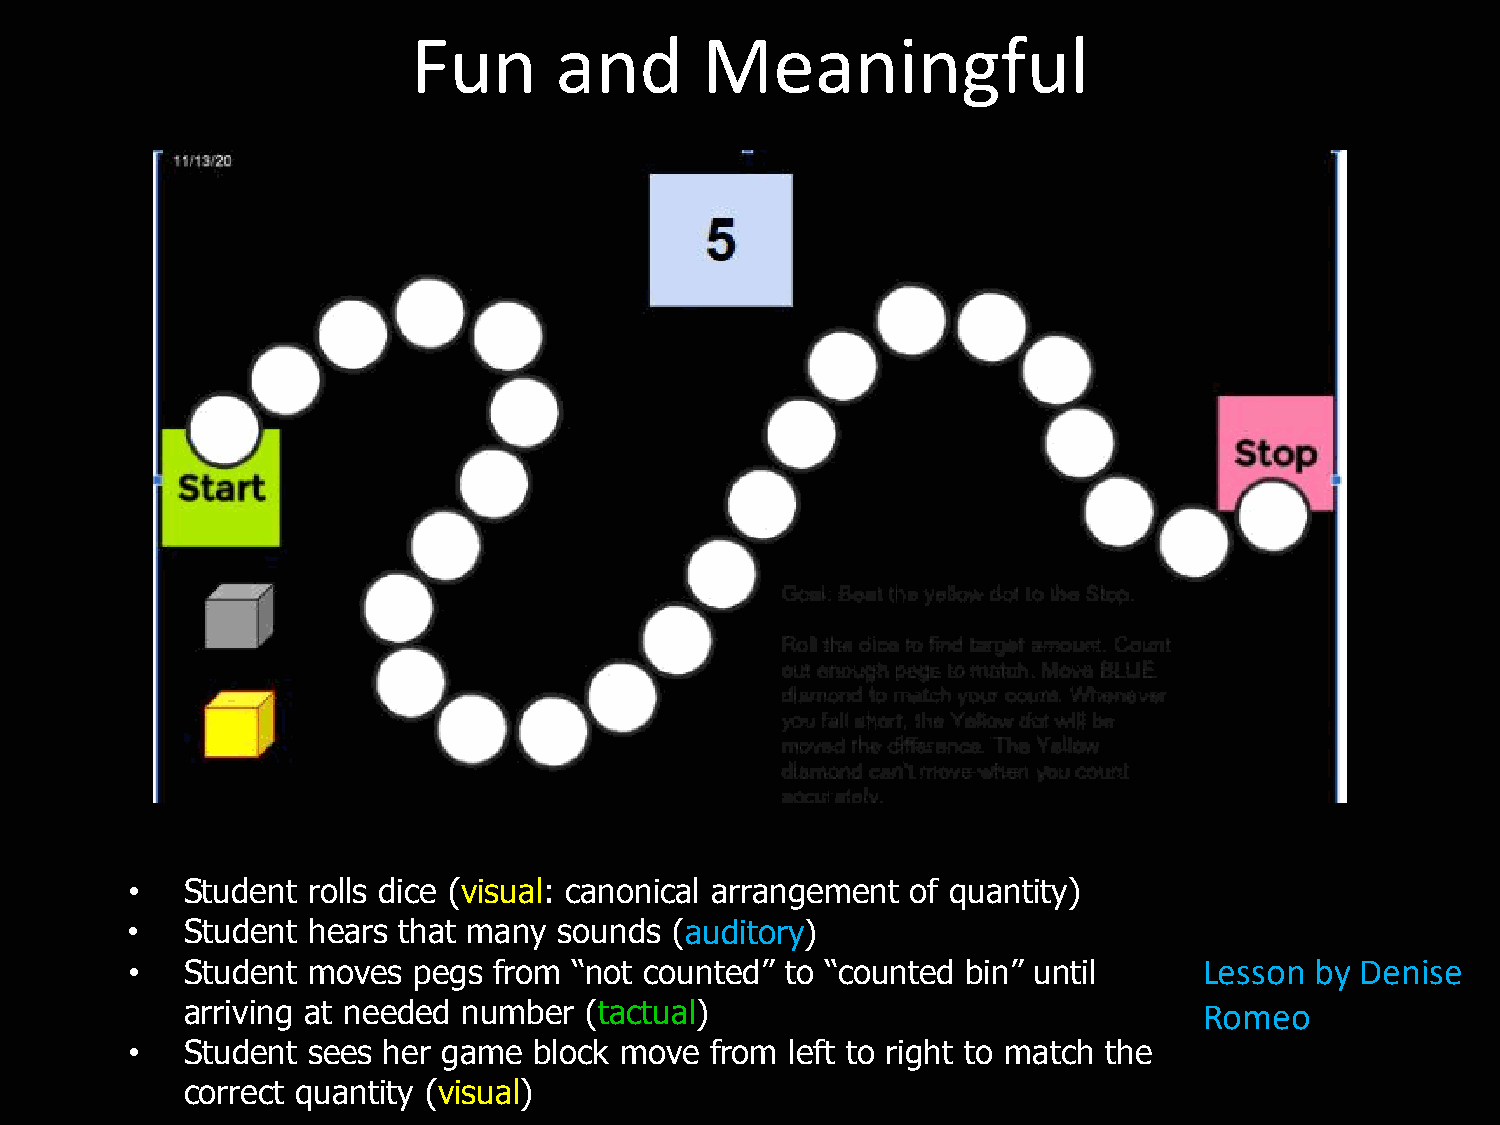
Fun       and      Meaningful
 •   Student rolls dice (visual: canonical arrangement of quantity)
 •   Student hears that many  sounds (auditory)
 Lesson by Denise
 •   Student moves  pegs  from “not counted” to “counted bin” until
 arriving at needed number  (tactual)                                Romeo
 •   Student sees her game  block move  from left to right to match the
 correct quantity (visual)